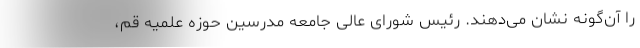
را آن‌گونه نشان می‌دهند. رئیس شورای عالی جامعه مدرسین حوزه علمیه قم،